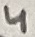
Text: 4